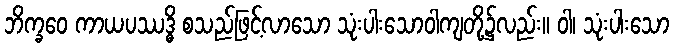
ဘိက္ခဝေ ကာယပဿဒ္ဓိ စသည်ဖြင့်လာသော သုံးပါးသောဝါကျတို့၌လည်း။ ဝါ၊ သုံးပါးသော